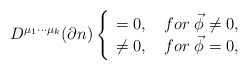
\begin{align*}D^{\mu _1\cdot \cdot \cdot \mu _k}(\partial n)\left\{ \begin{array}{cc}=0, & \;for\; \vec \phi \neq 0, \\ \neq 0, & \;for\;\vec \phi =0, \end{array}\right.\end{align*}